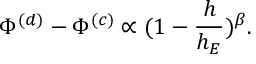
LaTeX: \Phi ^ { ( d ) } - \Phi ^ { ( c ) } \propto ( 1 - \frac { h } { h _ { E } } ) ^ { \beta } .